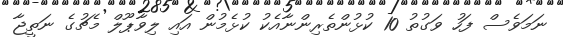
ނަމަވެސް ފަހު ވަގުތު 10 ކުޅުންތެރިންނާއެކު ކުޅެމުން އައި ލިވާޕޫލް މެޗުގެ ނަތީޖާ